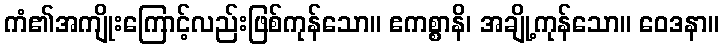
ကံ၏အကျိုးကြောင့်လည်းဖြစ်ကုန်သော။ ဧကစ္စာနိ၊ အချို့ကုန်သော။ ဝေဒနာ။